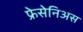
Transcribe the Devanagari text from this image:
फ्रेसेनिअस